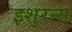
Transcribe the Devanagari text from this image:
इशुरन्स